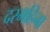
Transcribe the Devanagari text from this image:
दरमहिना